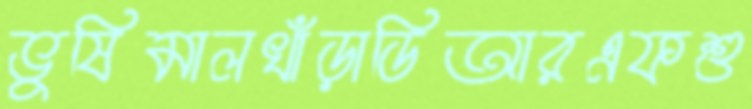
ভুষিমালখাঁড়াডিআরএফশু